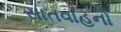
સાતવાહનો